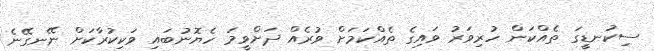
ސިކުނޑީގަ ތެއްކަން ހުރިވަރު ވައިގެ ތެއްކަމަށް ވުރެއް ދަށްވީމަ ހެޔޮނުބައި ވަކިކުރާކަށް ނޭނގޭނެ